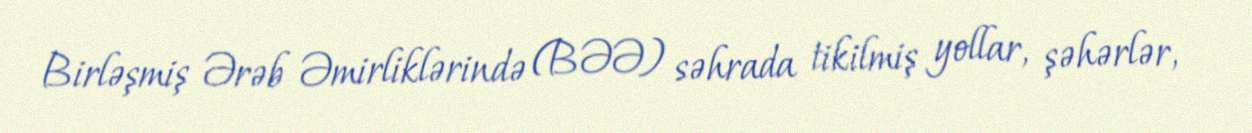
Birləşmiş Ərəb Əmirliklərində (BƏƏ) səhrada tikilmiş yollar, şəhərlər,